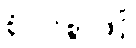
စုံလင်စွာဖြင့်